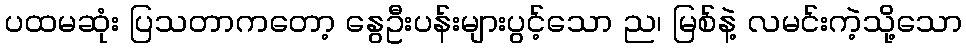
ပထမဆုံး ပြသတာကတော့ နွေဦးပန်းများပွင့်သော ည၊ မြစ်နဲ့ လမင်းကဲ့သို့သော